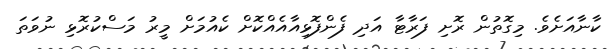
ކާނާއަށެވެ. މިގޮތުން ރޮށި ފަރާޓާ އަދި ފެންފޮޅިއާއެއްކޮށް ކެއުމަށް މީރު މަސްކުރޮޅި ނުވަތަ